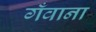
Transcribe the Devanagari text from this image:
गँवाना